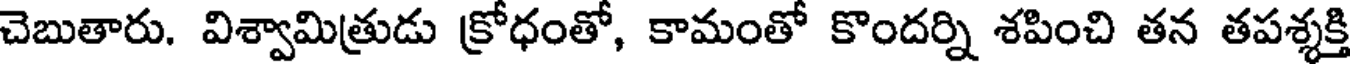
చెబుతారు. విశ్వామిత్రుడు క్రోధంతో, కామంతో కొందర్ని శపించి తన తపశ్శక్తి